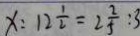
x : 1 2 \frac { 1 } { 2 } = 2 \frac { 2 } { 5 } : 3